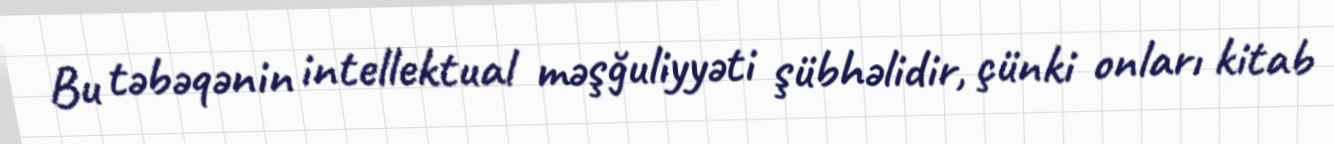
Bu təbəqənin intellektual məşğuliyyəti şübhəlidir, çünki onları kitab